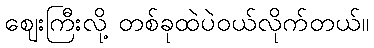
ဈေးကြီးလို့ တစ်ခုထဲပဲဝယ်လိုက်တယ်။